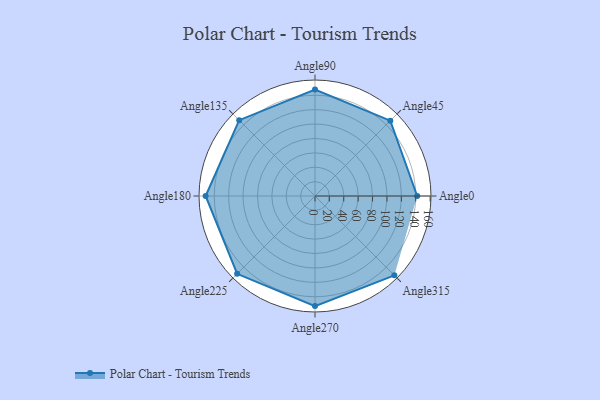
{"axis": {"x": "Angle", "y": "Radius"}, "legend": [""], "data": [{"x": "Angle0", "y": 142.0, "type": ""}, {"x": "Angle45", "y": 148.0, "type": ""}, {"x": "Angle90", "y": 148.0, "type": ""}, {"x": "Angle135", "y": 149.0, "type": ""}, {"x": "Angle180", "y": 152.0, "type": ""}, {"x": "Angle225", "y": 153.0, "type": ""}, {"x": "Angle270", "y": 153.0, "type": ""}, {"x": "Angle315", "y": 156.0, "type": ""}]}